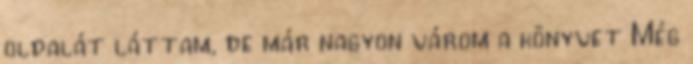
oldalát láttam, de már nagyon várom a könyvet Még